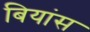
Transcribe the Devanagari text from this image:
बियांस